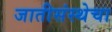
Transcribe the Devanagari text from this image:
जातीसंस्थेचा